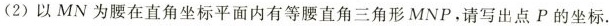
(2)以MN为腰在直角坐标平面内有等腰直角三角形MNP，请写出点P的坐标。